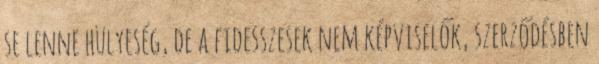
se lenne hülyeség, de a fidesszesek nem képviselők, szerződésben